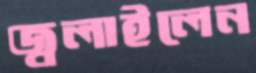
জ্বলাইলেন